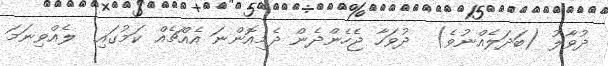
ދުވާލު (ބަދަލެއްނުވެ)  ދުވަހާ ޖެހެންދެން ދެމިއޮންނަ އެއްޗެއް ކަމުގައި  ލެއްވިނަމަ